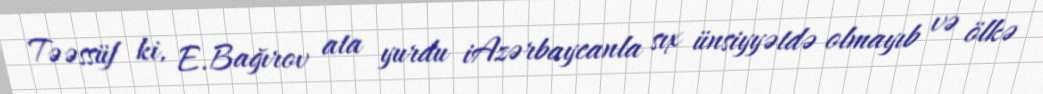
Təəssüf ki, E.Bağırov ata yurdu iAzərbaycanla sıx ünsiyyətdə olmayıb və ölkə